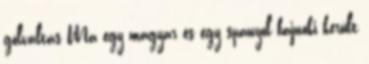
gólváltás Ma egy magyar és egy spanyol bajnoki került